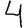
Digit: 4